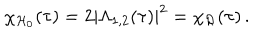
LaTeX: \chi _ { \mathcal { H } _ { 0 } } ( \tau ) = 2 \left| \Lambda _ { 1 , 2 } ( \tau ) \right| ^ { 2 } = \chi _ { \mathcal { R } } ( \tau ) \, .